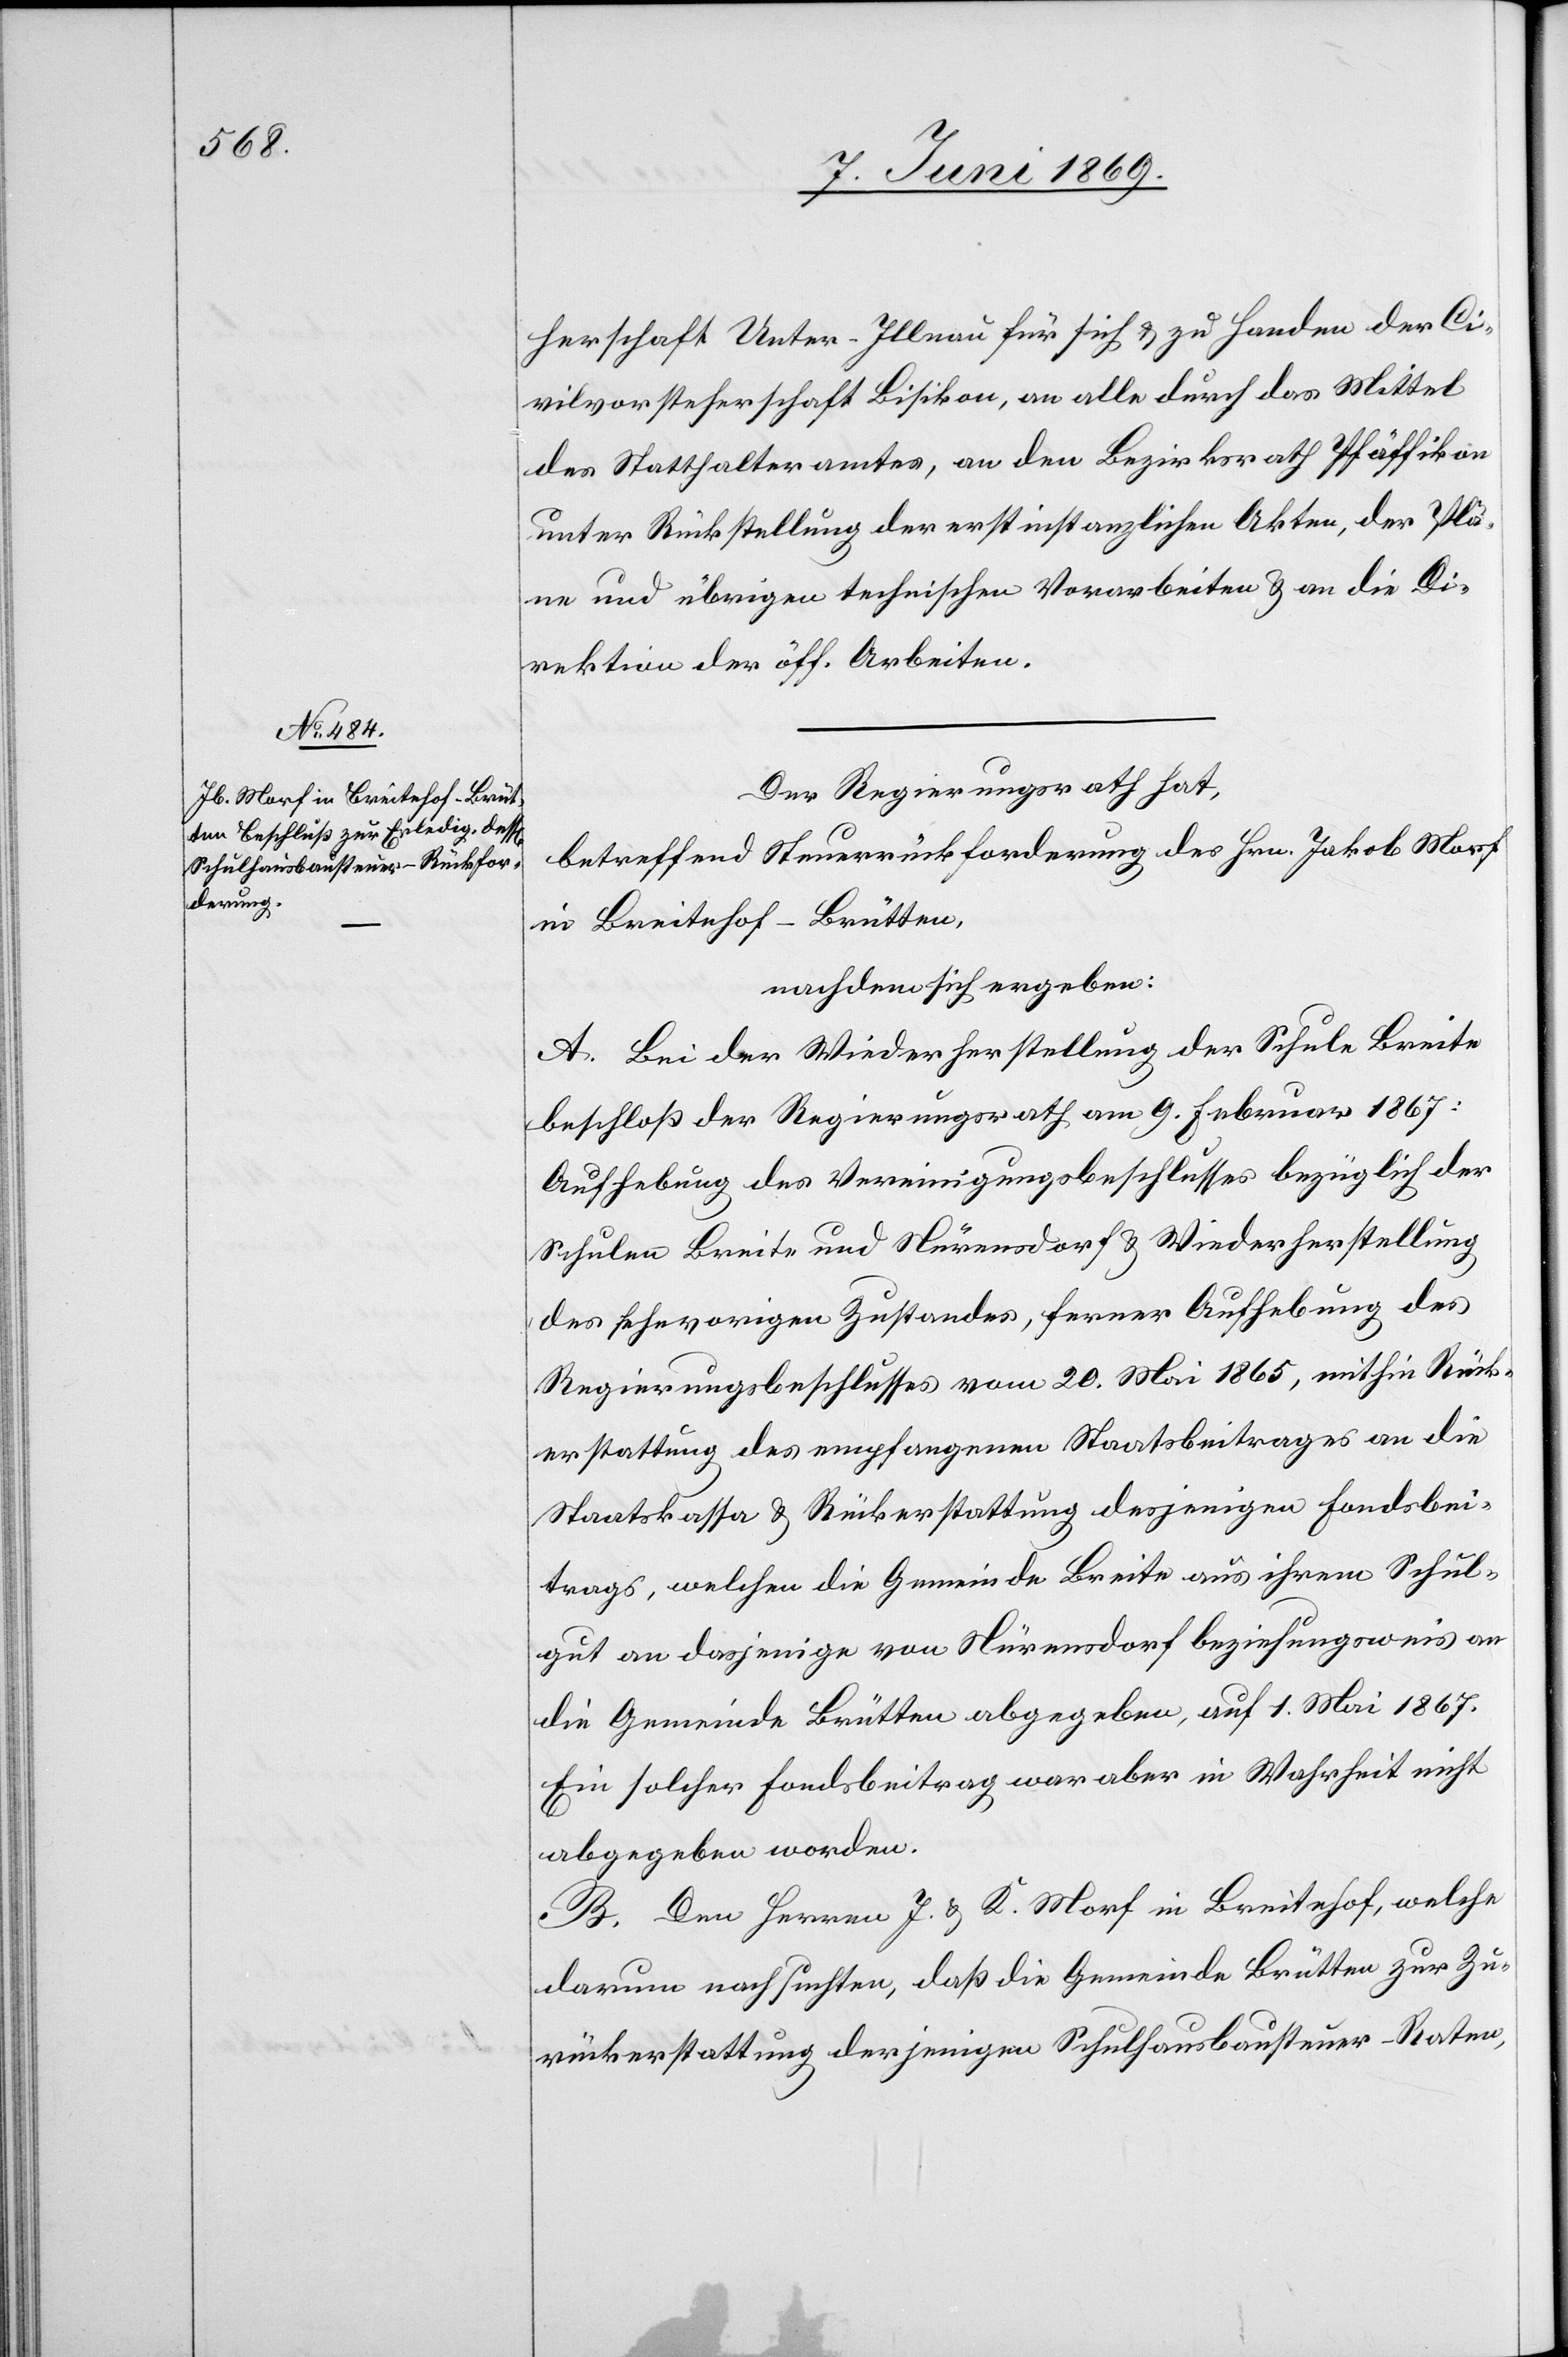
herschaft Unter-Illnau für sich u. zu Handen der Ci¬
vilvorsteherschaft Bisikon, an alle durch das Mittel
des Statthalteramtes, an den Bezirksrath Pfäffikon
unter Rückstellung der erstinstanzlichen Akten, der Plä¬
ne und übrigen technischen Vorarbeiten u. an die Di¬
rektion der öff. Arbeiten.
Der Regierungsrath hat,
betreffend Steuerrückforderung des Hrn. Jakob Morf
in Breitehof-Brütten,
nachdem sich ergeben:
A. Bei der Wiederherstellung der Schule Breite
beschloß der Regierungsrath am 9. Februar 1867:
Aufhebung des Vereinigungsbeschlusses bezüglich der
Schulen Breite und Nürensdorf u. Wiederherstellung
des fehevorigen [sic!] Zustandes, ferner Aufhebung des
Regierungsbeschlusses vom 20. Mai 1865, mithin Rück¬
erstattung des empfangenen Staatsbeitrages an die
Staatskassa u. Rückerstattung desjenigen Fondsbei¬
trags, welchen die Gemeinde Breite aus ihrem Schul¬
gut an dasjenige von Nürensdorf beziehungsweise an
die Gemeinde Brütten abgegeben, auf 1. Mai 1867.
Ein solcher Fondsbeitrag war aber in Wahrheit nicht
abgegeben worden.
B. Den Herren J. u. K. Morf in Breitehof, welche
darum nachsuchten, daß die Gemeinde Brütten zur Zu¬
rückerstattung derjenigen Schulhausbausteuer-Raten,